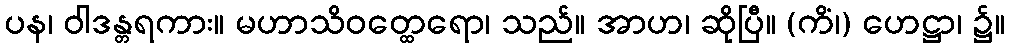
ပန၊ ဝါဒန္တရကား။ မဟာသိဝတ္ထေရော၊ သည်။ အာဟ၊ ဆိုပြီ။ (ကိံ၊) ဟေဋ္ဌာ၊ ၌။